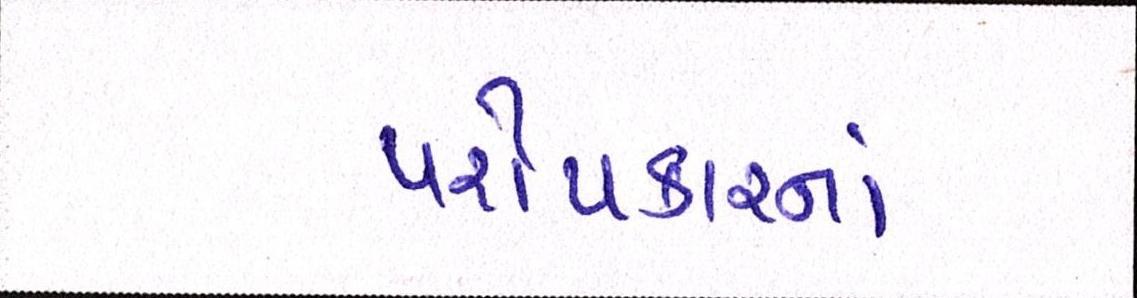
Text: પરોપકારનાં